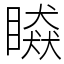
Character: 䁭